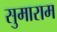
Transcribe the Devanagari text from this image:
सुमाराम